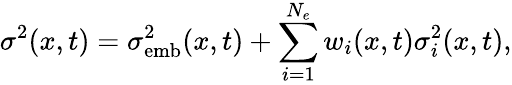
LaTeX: \sigma^{2}(x,t)=\sigma_{\mathrm{emb}}^{2}(x,t)+\sum_{i=1}^{N_{e}}w_{i}(x,t)\sigma_{i}^{2}(x,t),